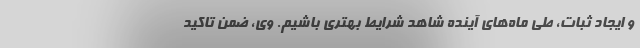
و ایجاد ثبات، طی ماه‌های آینده شاهد شرایط بهتری باشیم. وی، ضمن تاکید